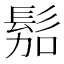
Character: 𱅿